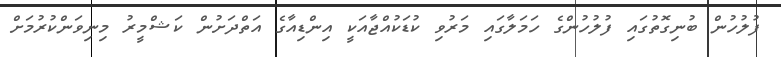
ފުލުހުން ބުނިގޮތުގައި ފުލުހުންގެ ހަމަލާގައި މަރުވި ކުޑަކުއްޖާއަކީ އިންޑިއާގެ އަތްދަށުން ކަޝްމީރު މިނިވަންކުރުމަށް